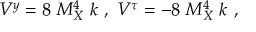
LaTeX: V ^ { y } = 8 ~ M _ { X } ^ { 4 } ~ k ~ , ~ V ^ { \tau } = - 8 ~ M _ { X } ^ { 4 } ~ k ~ , ~ \,